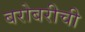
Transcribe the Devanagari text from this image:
बरोबरीची